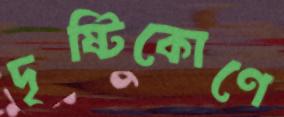
দৃষ্টিকোণে